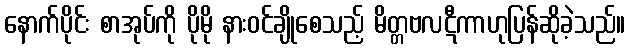
နောက်ပိုင်း စာအုပ်ကို ပိုမို နားဝင်ချိုစေသည့် မိတ္တဗလဋီကာဟုပြန်ဆိုခဲ့သည်။